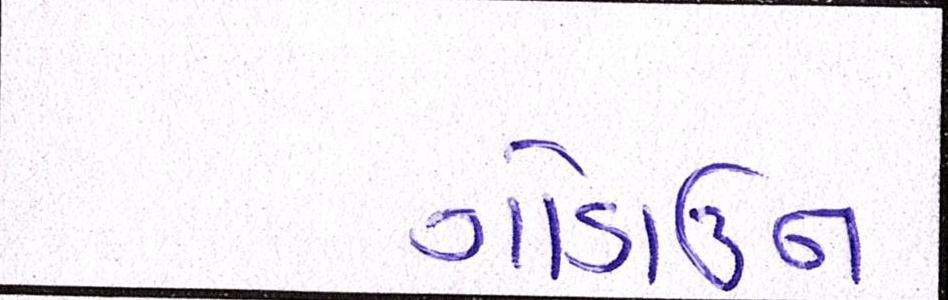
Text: ગોડાઉન